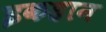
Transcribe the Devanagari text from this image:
इकहान